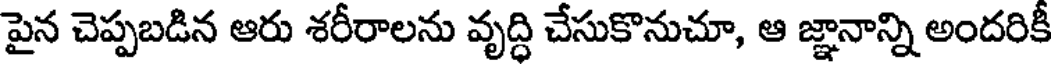
పైన చెప్పబడిన ఆరు శరీరాలను వృద్ధి చేసుకొనుచూ, ఆ జ్ఞానాన్ని అందరికీ